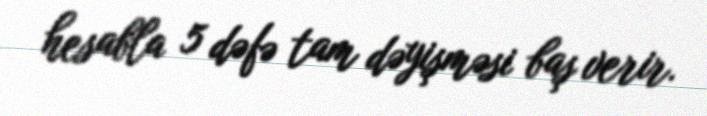
hesabla 5 dəfə tam dəyişməsi baş verir.